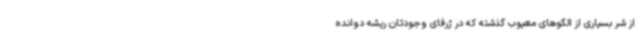
از شر بسیاری از الگوهای معیوب گذشته که در ژرفای وجودتان ریشه دوانده